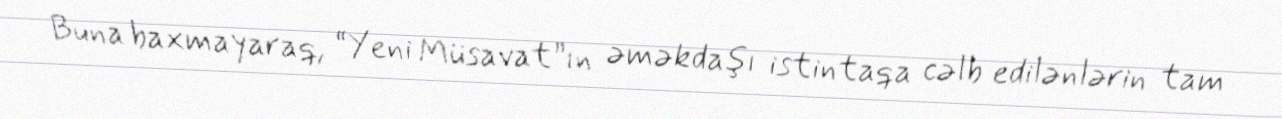
Buna baxmayaraq, “Yeni Müsavat”ın əməkdaşı istintaqa cəlb edilənlərin tam